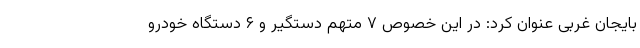
بایجان غربی عنوان کرد: در این خصوص ۷ متهم دستگیر و ۶ دستگاه خودرو